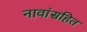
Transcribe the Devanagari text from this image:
नावांसहित